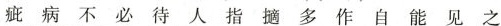
疵病不必待人指摘多作自能见之